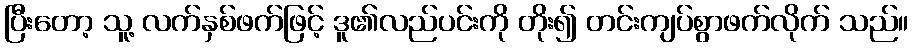
ပြီးတော့ သူ့ လက်နှစ်ဖက်ဖြင့် ဒူ၏လည်ပင်းကို တိုး၍ တင်းကျပ်စွာဖက်လိုက် သည်။